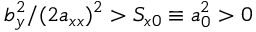
b _ { y } ^ { 2 } / ( 2 a _ { x x } ) ^ { 2 } > S _ { x 0 } \equiv a _ { 0 } ^ { 2 } > 0